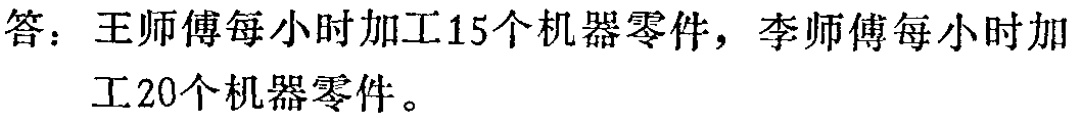
答：王师傅每小时加工15个机器零件，李师傅每小时加工20个机器零件。